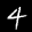
Label: 4